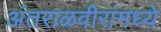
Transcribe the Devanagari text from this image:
अंतराळवीरांमध्ये